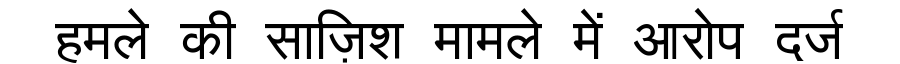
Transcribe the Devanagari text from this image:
हमले की साज़िश मामले में आरोप दर्ज